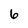
Character: 6